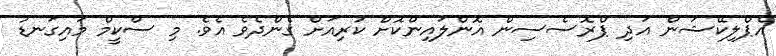
އެޕްލިކޭޝަން އަދި ޕްރޮސެސިން އޮންލައިންކޮށް ކުރިއަށް ގެންދެވެ އެވެ. މި ސްކީމް މައިގަނޑު